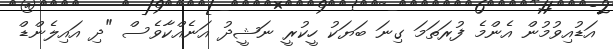
އަޑުއިވުމުން އެންމެ ފުރަތަމަ ގިނަ ބަޔަކު ހީކުރީ ނަޝީދު އަނެއްކާވެސް "ދި އައިލެންޑް